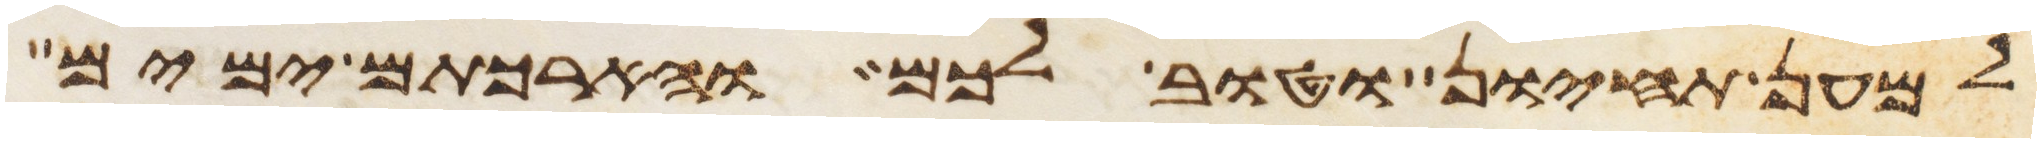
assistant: למען תחיון וטוב לכם והארכתם ימים